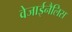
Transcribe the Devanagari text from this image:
वेजाईनैलिस